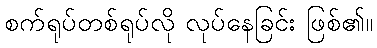
စက်ရုပ်တစ်ရုပ်လို လုပ်နေခြင်း ဖြစ်၏။